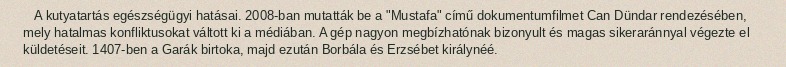
A kutyatartás egészségügyi hatásai. 2008-ban mutatták be a "Mustafa" című dokumentumfilmet Can Dündar rendezésében, mely hatalmas konfliktusokat váltott ki a médiában. A gép nagyon megbízhatónak bizonyult és magas sikeraránnyal végezte el küldetéseit. 1407-ben a Garák birtoka, majd ezután Borbála és Erzsébet királynéé.